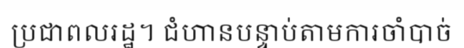
ប្រជាពលរដ្ឋ។ ជំហានបន្ទាប់តាមការចាំបាច់